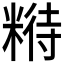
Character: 𱹑